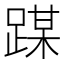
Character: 𰸜